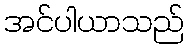
အင်ပါယာသည်